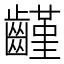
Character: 𪙟